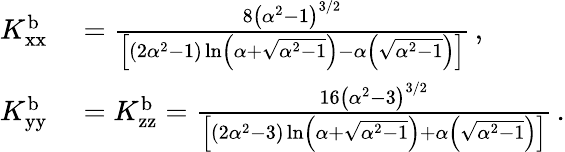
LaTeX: \begin{array}{rl}{K_{\textup{xx}}^{\textup{b}}}&{{}=\frac{8\left(\alpha^{2}-1\right)^{3/2}}{\left[\left(2\alpha^{2}-1\right)\ln\left(\alpha+\sqrt{\alpha^{2}-1}\right)-\alpha\left(\sqrt{\alpha^{2}-1}\right)\right]}\, ,}\\ {K_{\textup{yy}}^{\textup{b}}}&{{}=K_{\textup{zz}}^{\textup{b}}=\frac{16\left(\alpha^{2}-3\right)^{3/2}}{\left[\left(2\alpha^{2}-3\right)\ln\left(\alpha+\sqrt{\alpha^{2}-1}\right)+\alpha\left(\sqrt{\alpha^{2}-1}\right)\right]}\, .}\end{array}